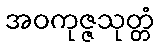
အဝကုဇ္ဇသုတ္တံ